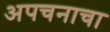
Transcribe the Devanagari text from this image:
अपचनाचा